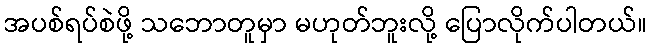
အပစ်ရပ်စဲဖို့ သဘောတူမှာ မဟုတ်ဘူးလို့ ပြောလိုက်ပါတယ်။